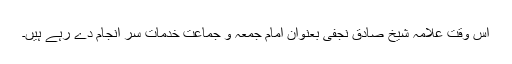
اس وقت علامہ شیخ صادق نجفی بعنوان امام جمعہ و جماعت خدمات سر انجام دے رہے ہیں۔